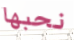
نحبها